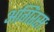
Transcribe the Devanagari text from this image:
अगिंरसः